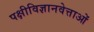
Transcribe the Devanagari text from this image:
पक्षीविज्ञानवेत्ताओं